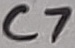
Text: C7